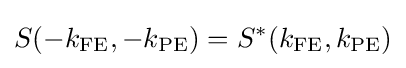
S(-k_{\mathrm {FE} },-k_{\mathrm {PE} })=S^{*}(k_{\mathrm {FE} },k_{\mathrm {PE} })